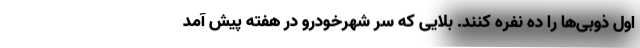
اول ذوبی‌ها را ده نفره کنند. بلایی که سر شهرخودرو در هفته پیش آمد